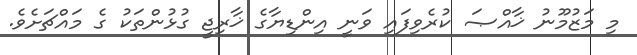
މި މަޒުމޫނު ޚާއްޞަ ކުރެވިފައި ވަނީ އިންޑިޔާގެ ޚާރިޖީ ގުޅުންތަކު ގެ މައްޗަށެވެ.